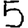
Digit: 5